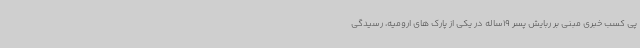
پی کسب خبری مبنی بر ربایش پسر 19ساله در یکی از پارک های ارومیه، رسیدگی